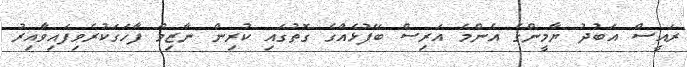
ރައީސް އަބުދު ޔާމީންގެ އެންމެ އަރިސް ބޭފުޅެއްގެ ގޮތުގައި ކުރިން ނާޒިމް ފާހަގަކުރެވިފައިވާއިރު